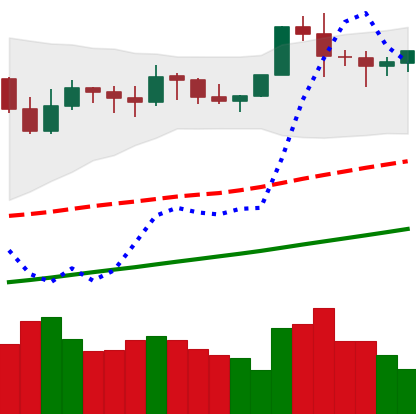
Ticker: BTC-USD
Chart end date: 2021-11-14
Forward return: -11.223%
Label: down_7plus